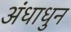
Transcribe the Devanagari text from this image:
अंधाधुन